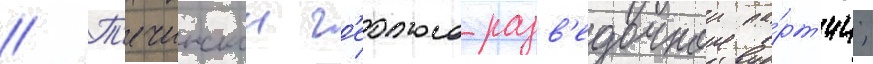
// Т'ечинскои г'еолого-разв'едочнои па́рт'ии;